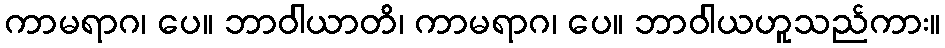
ကာမရာဂ၊ ပေ။ ဘာဝါယာတိ၊ ကာမရာဂ၊ ပေ။ ဘာဝါယဟူသည်ကား။